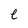
Character: e